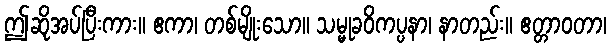
ဤဆိုအပ်ပြီးကား။ ဧကာ၊ တစ်မျိုးသော။ သမ္မုခဝိကပ္ပနာ၊ နာတည်း။ ဧတ္တာဝတာ၊